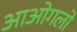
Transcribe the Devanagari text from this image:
आओगलो